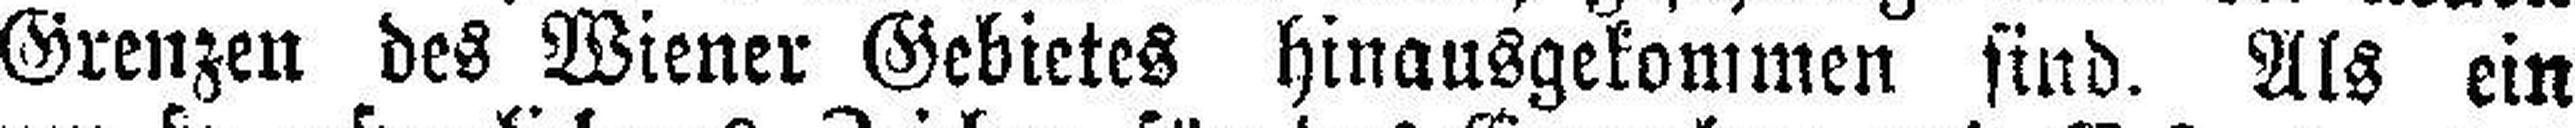
Grenzen des Wiener Gebietes hinausgekommen sind. Als ein